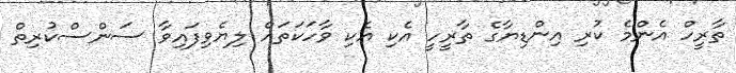
ތާރީހް އެންމެ ކުރި އިންޑިޔާގެ ތާރީހީ އެކި އެކި ވާހަކަތައް ލިޔެވިފައިވާ ސަންސްކުރިތް